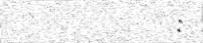
: